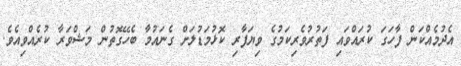
އެދުމެއްކަން ފާހަގަ ކުރައްވައި ފަތުރުވެރިކަމުގެ ވިޔަފާރި ކޮޅުމަޑުލަށް ގެނައުމާ ބެހޭގޮތުން މަޝްވަރާ ކުރެއްވިއެވެ.